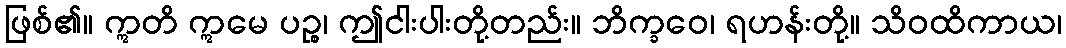
ဖြစ်၏။ ဣတိ ဣမေ ပဉ္စ၊ ဤငါးပါးတို့တည်း။ ဘိက္ခဝေ၊ ရဟန်းတို့။ သိဝထိကာယ၊